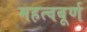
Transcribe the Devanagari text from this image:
महत्वबूर्ण